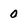
Character: 0